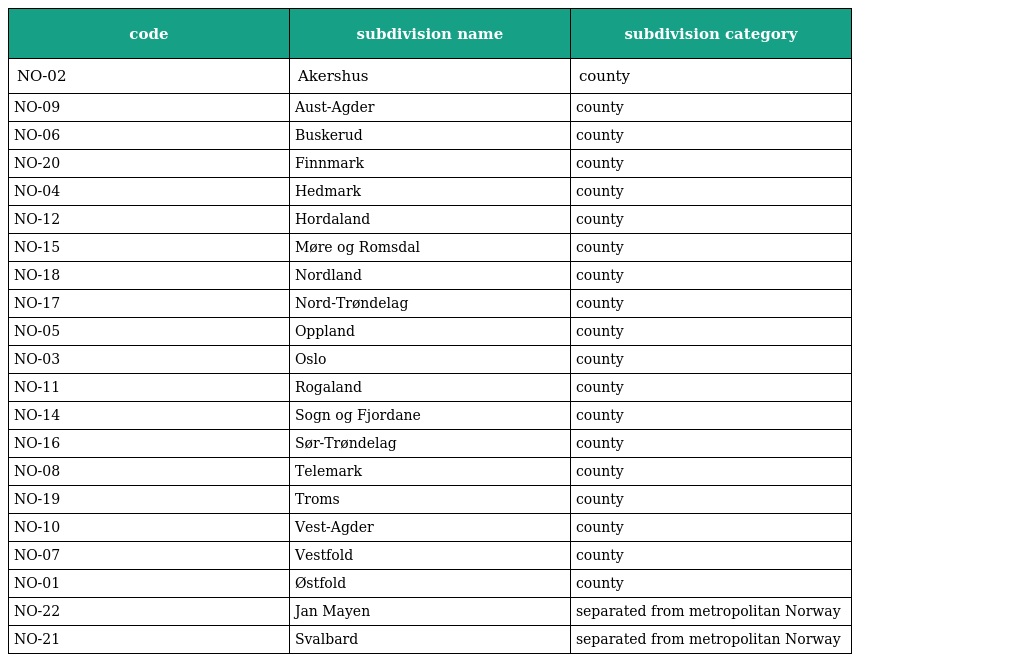
| code | subdivision name | subdivision category |
 | --- | --- | --- |
 | NO-02 | Akershus | county |
 | NO-09 | Aust-Agder | county |
 | NO-06 | Buskerud | county |
 | NO-20 | Finnmark | county |
 | NO-04 | Hedmark | county |
 | NO-12 | Hordaland | county |
 | NO-15 | Møre og Romsdal | county |
 | NO-18 | Nordland | county |
 | NO-17 | Nord-Trøndelag | county |
 | NO-05 | Oppland | county |
 | NO-03 | Oslo | county |
 | NO-11 | Rogaland | county |
 | NO-14 | Sogn og Fjordane | county |
 | NO-16 | Sør-Trøndelag | county |
 | NO-08 | Telemark | county |
 | NO-19 | Troms | county |
 | NO-10 | Vest-Agder | county |
 | NO-07 | Vestfold | county |
 | NO-01 | Østfold | county |
 | NO-22 | Jan Mayen | separated from metropolitan Norway |
 | NO-21 | Svalbard | separated from metropolitan Norway |